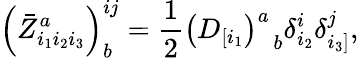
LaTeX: \left(\bar{Z}_{i_{1}i_{2}i_{3}}^{a}\right)_{b}^{ij}=\frac{1}{2}\left(D_{[i_{1}}\right)_{\; \; b}^{a}\delta_{i_{2}}^{i}\delta_{i_{3}]}^{j},